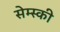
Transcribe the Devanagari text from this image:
सेम्स्की